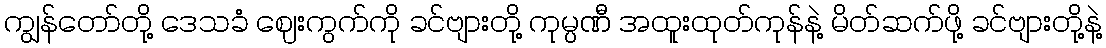
ကျွန်တော်တို့ ဒေသခံ ဈေးကွက်ကို ခင်ဗျားတို့ ကုမ္ပဏီ အထူးထုတ်ကုန်နဲ့ မိတ်ဆက်ဖို့ ခင်ဗျားတို့နဲ့